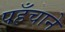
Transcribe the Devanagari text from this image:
पहँचाने